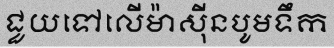
ជួយទៅលើម៉ាស៊ីនបូមទឹក